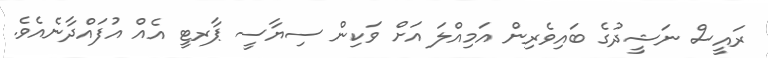
ރައީސް ނަޝީދުގެ ބައިވެރިން އަމިއްލަ އަށް ވަކިން ސިޔާސީ ޕާރޓީ އެއް އުފައްދާނެއެވެ.